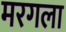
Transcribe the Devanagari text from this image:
मरगला